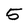
Character: 5